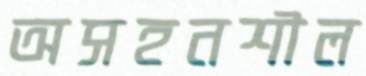
অসহনশীল